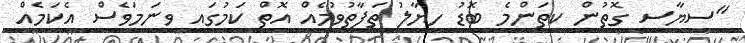
"ސިޔާސީ ގޮތުން ކިތަންމެ ބޮޑު ހިޔާލު ތަފާތުވުމެއް އޮތް ކަމުގައި ވީނަމަވެސް އެކަމެއް